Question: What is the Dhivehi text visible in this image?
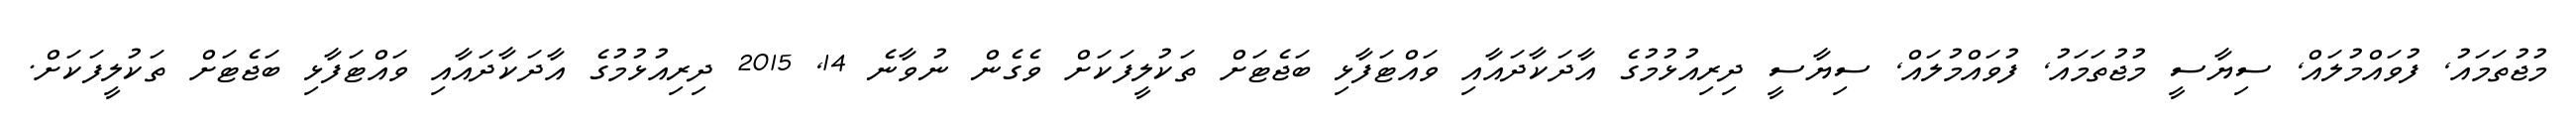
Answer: މުޖުތަމައު, ފުވައްމުލައް, ސިޔާސީ މުޖުތަމައު, ފުވައްމުލައް, ސިޔާސީ ދިރިއުޅުމުގެ އާދަކާދައާއި ވައްޓަފާޅި ބަޖެޓަށް ތަކުލީފަކަށް ވެގެން ނުވާނެ 14, 2015 ދިރިއުޅުމުގެ އާދަކާދައާއި ވައްޓަފާޅި ބަޖެޓަށް ތަކުލީފަކަށް.